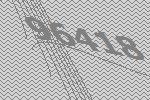
96418